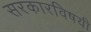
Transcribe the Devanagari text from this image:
सरकारविषयी